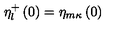
\eta _ { l } ^ { + } \left( 0 \right) = \eta _ { m \kappa } \left( 0 \right)